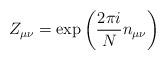
LaTeX: \begin{align*}Z_{\mu\nu}=\exp\left(\frac{2\pi i}{N}n_{\mu\nu}\right)\end{align*}